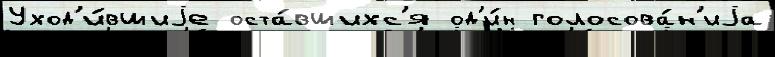
Уход'и́вшиjе оста́вшихс'я од'и́н голосова́н'иjа